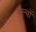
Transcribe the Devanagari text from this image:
बल्वों